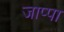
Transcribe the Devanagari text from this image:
जाप्पा